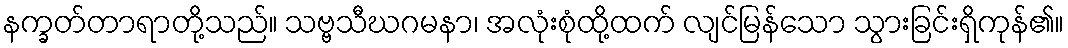
နက္ခတ်တာရာတို့သည်။ သဗ္ဗသီဃဂမနာ၊ အလုံးစုံထို့ထက် လျင်မြန်သော သွားခြင်းရှိကုန်၏။